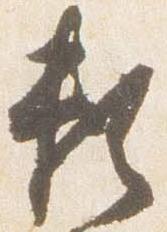
頼